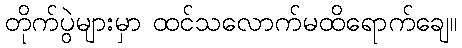
တိုက်ပွဲများမှာ ထင်သလောက်မထိရောက်ချေ။